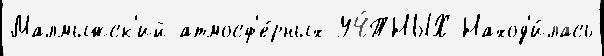
Малмыжск'ий атмосф'е́рных УЧ́ТНЫХ Наход'и́лась